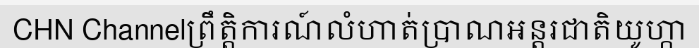
CHN Channelព្រឹត្តិការណ៍លំហាត់ប្រាណអន្តរជាតិយូហ្កា